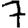
Digit: 7